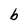
Character: b